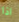
اذا